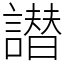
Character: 譛